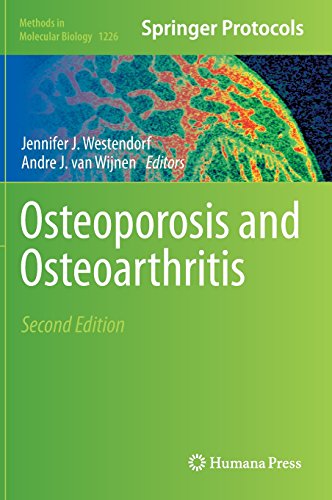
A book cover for Osteoporosis and Osteoarthritis (Methods in Molecular Biology); Health, Fitness & Dieting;